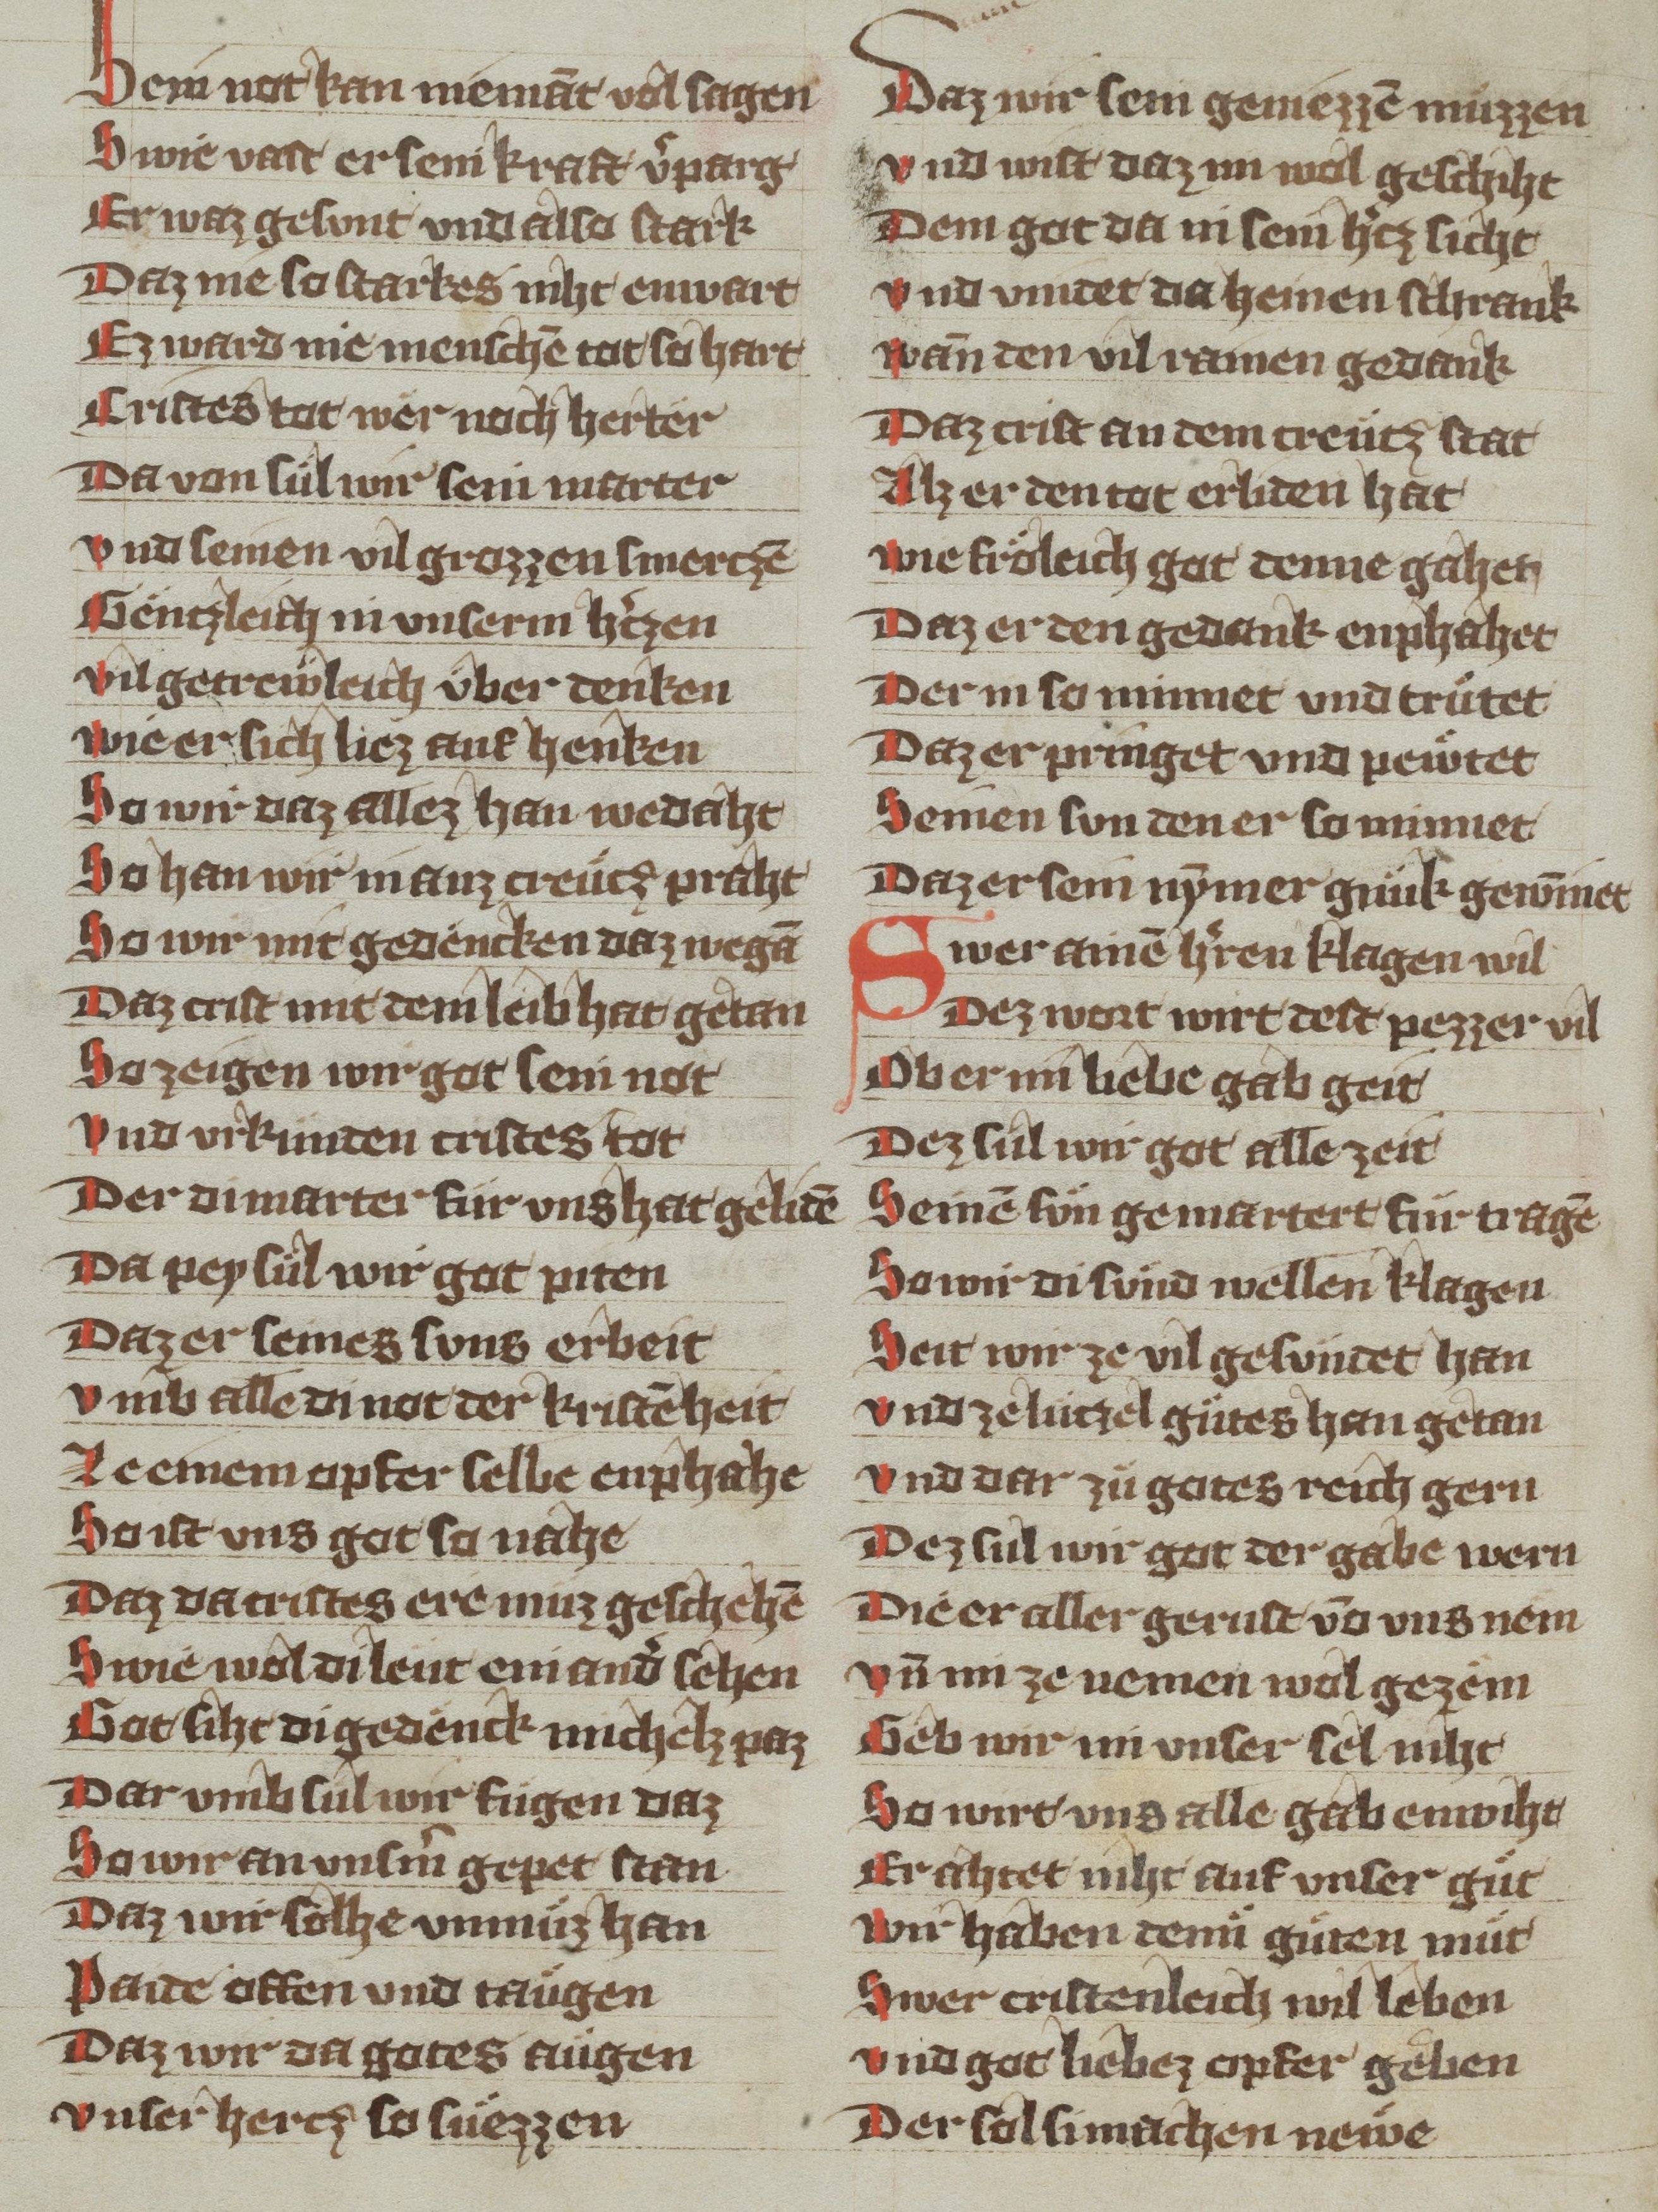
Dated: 1340–1359